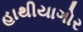
હાથીયાગોર